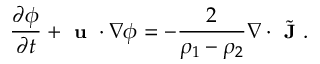
\small \frac { \partial \phi } { \partial t } + \textbf { u } \cdot \nabla \phi = - \frac { 2 } { \rho _ { 1 } - \rho _ { 2 } } \nabla \cdot \Tilde { \textbf { J } } .